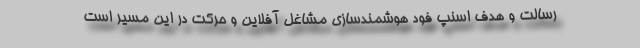
رسالت و هدف اسنپ فود هوشمندسازی مشاغل آفلاین و حرکت در این مسیر است